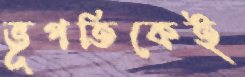
ভূপতিকেই